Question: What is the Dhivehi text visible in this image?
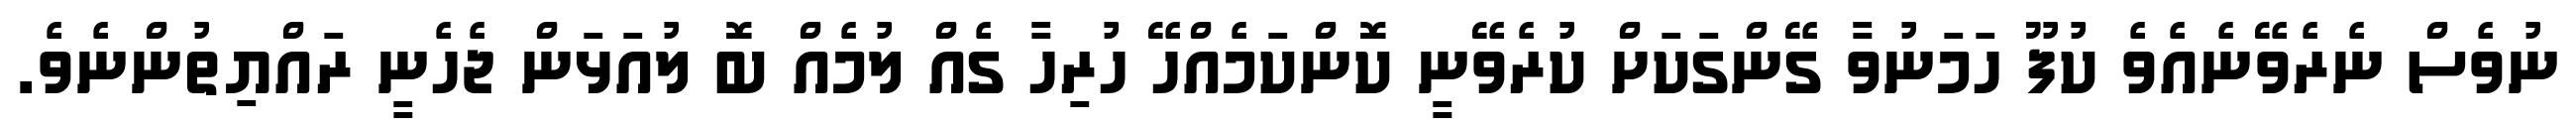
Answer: ނުވެސް ނެރެވޭނެއެވެ ކުފޫ ހަމަނުވާ ގޭންގަކަށް ކުރެވޭނީ ކޮންކަމެއްހޭ ހުރިހާ ގެއް ލުމެއް ބޮ ލުއަޅަން ޖެހެނީ ރައްޔިތުންނެވެ.